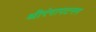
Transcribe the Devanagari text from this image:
श्रीरंगापटनम